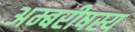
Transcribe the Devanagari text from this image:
अम्बरीषस्य